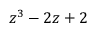
z ^ { 3 } - 2 z + 2